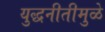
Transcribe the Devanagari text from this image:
युद्धनीतीमुळे